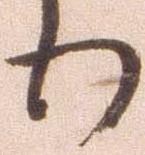
り